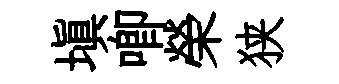
填唧榮狭